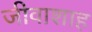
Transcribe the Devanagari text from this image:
जीवाशाह